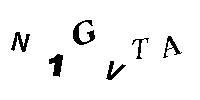
N1GVTA